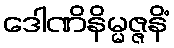
ဒေါဏိနိမ္မဇ္ဇနိံ